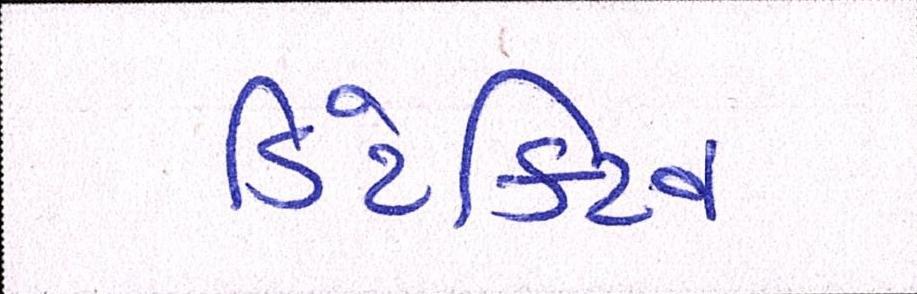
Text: ડિટેક્ટિવ